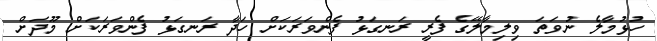
ހުޅުމާލެ ނުވަތަ ވިލިމާލޭގެ ފެރީ ރަނގަޅު ފެންވަރަކަށް ހަދާ ރަނގަޅު ފެންވަރަކަށް މޫދަށް